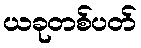
ယခုတစ်ပတ်